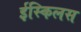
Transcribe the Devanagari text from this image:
ईस्किलस